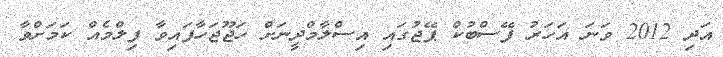
އަދި 2012 ވަނަ އަހަރު ފޭސްބުކް ޕޭޖުގައި އިސްލާމްދީނަށް ހަޖޫޖަހާފައިވާ ފިލްމެއް ކަމަށްވާ